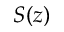
S ( z )